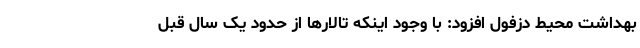
بهداشت محیط دزفول افزود: با وجود اینکه تالارها از حدود یک سال قبل